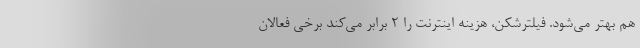
هم بهتر می‌شود. فیلترشکن، هزینه اینترنت را 2 برابر می‌کند برخی فعالان